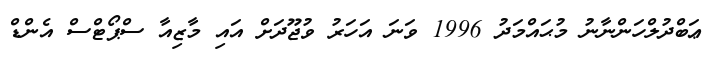
ޢަބްދުލްހަންނާނު މުޙައްމަދު 1996 ވަނަ އަހަރު ވުޖޫދަށް އައި މާޒިއާ ސްޕޯޓްސް އެންޑް